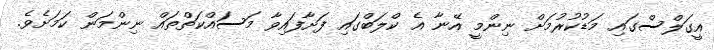
އީގަލްސްގައި މަޑުކުރުމަށް ނިންމީ އޭނާ އެ ކްލަބްގައި ފަށާފައިވާ މަސައްކަތްތައް ނިންމަން ކަމަށެވެ.